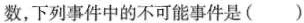
数，下列事件中的不可能事件是( )